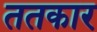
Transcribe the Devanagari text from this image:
ततकार